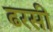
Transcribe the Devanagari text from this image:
ढरसी